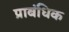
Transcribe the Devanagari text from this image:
प्राबंधिक